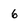
Character: 6